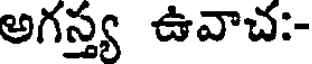
అగస్త్య ఉవాచ:-